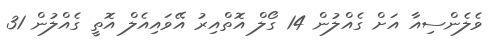
ވެލެންސިއާ އަށް ގެއްލުން 14 ގޯލް އޮތްއިރު އޭވައިއެލް އޮތީ ގެއްލުން 31